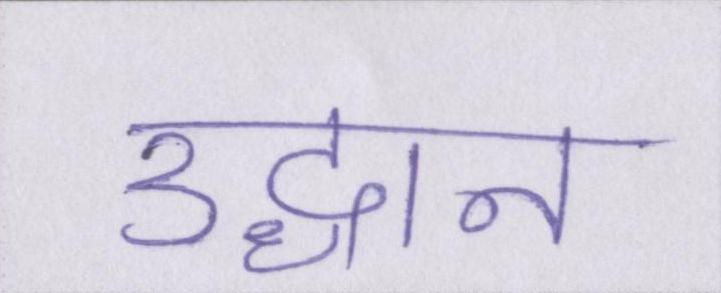
उद्धान